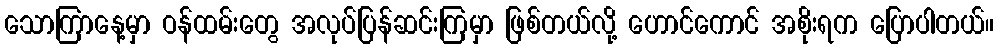
သောကြာနေ့မှာ ဝန်ထမ်းတွေ အလုပ်ပြန်ဆင်းကြမှာ ဖြစ်တယ်လို့ ဟောင်ကောင် အစိုးရက ပြောပါတယ်။